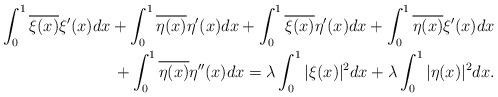
LaTeX: \begin{align*}\int_{0}^{1}\overline{\xi(x)}\xi^{\prime}(x)dx+\int_{0}^{1}\overline{\eta(x)}\eta^{\prime}(x)dx+\int_{0}^{1}\overline{\xi(x)}\eta^{\prime}(x)dx+\int_{0}^{1}\overline{\eta(x)}\xi^\prime(x)dx \\\quad+\int_{0}^{1}\overline{\eta(x)}\eta^{\prime\prime}(x)dx=\lambda\int_{0}^{1}|\xi(x)|^2dx+\lambda\int_{0}^{1}|\eta(x)|^2dx.\end{align*}